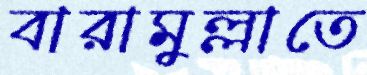
বারামুল্লাতে